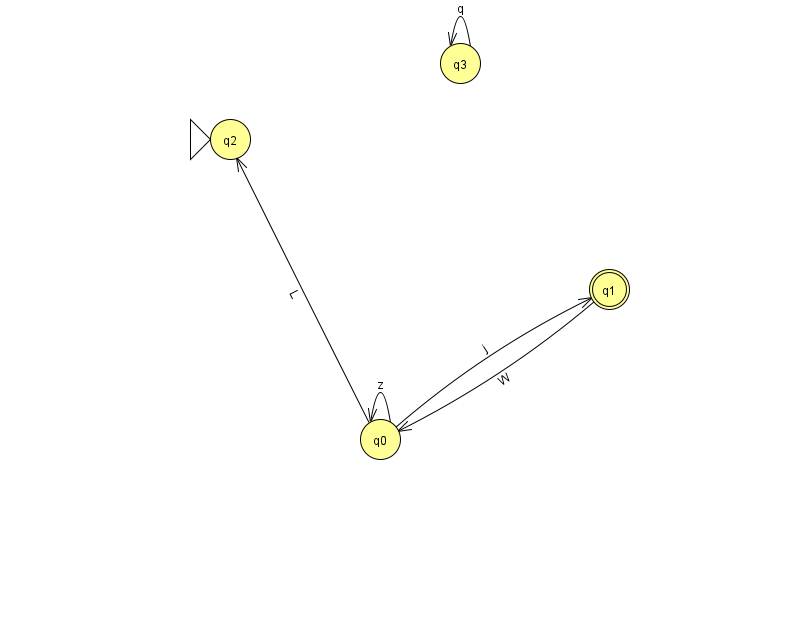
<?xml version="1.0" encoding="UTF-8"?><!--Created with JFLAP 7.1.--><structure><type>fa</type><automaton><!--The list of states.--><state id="0" name="q0"><x>380.0</x><y>426.0</y></state><state id="1" name="q1"><x>609.0</x><y>276.0</y><final/></state><state id="2" name="q2"><x>230.0</x><y>126.0</y><initial/></state><state id="3" name="q3"><x>460.0</x><y>50.0</y></state><!--The list of transitions.--><transition><from>3</from><to>3</to><read>q</read></transition><transition><from>1</from><to>0</to><read>W</read></transition><transition><from>0</from><to>0</to><read>z</read></transition><transition><from>0</from><to>1</to><read>j</read></transition><transition><from>0</from><to>2</to><read>L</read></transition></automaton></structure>